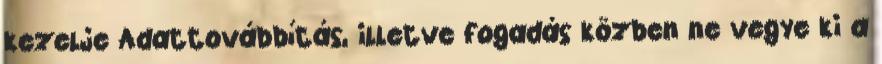
kezelje Adattovábbítás, illetve fogadás közben ne vegye ki a